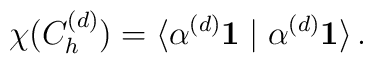
\chi(C_h^{(d)})=\langle \alpha^{(d)} \mathbf{1} \mid   \alpha^{(d)} \mathbf{1}\rangle\,.